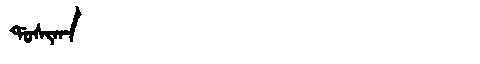
Manchu: ᡩᠣᠰᡳᡴᠠ
Romanization: DOSIKA